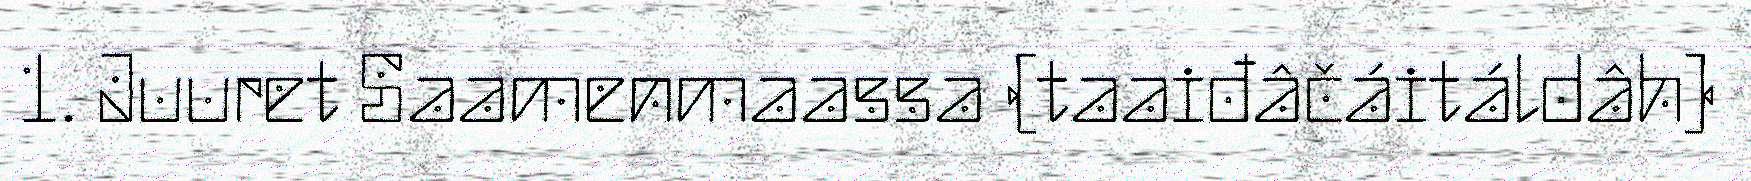
1. Juuret Saamenmaassa (taaiđâčáitáldâh)